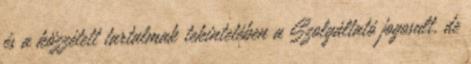
és a közzétett tartalmak tekintetében a Szolgáltató jogosult, de